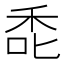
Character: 𮂻